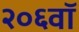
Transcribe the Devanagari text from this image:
२०६वॉ